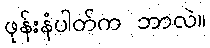
ဖုန်းနံပါတ်က ဘာလဲ။